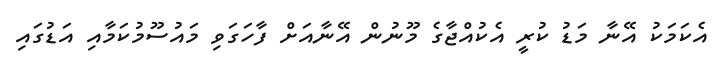
އެކަމަކު އޭނާ މަޑު ކުރީ އެކުއްޖާގެ މޫނުން އޭނާއަށް ފާހަގަވި މައުސޫމުކަމާއި އަޑުގައި